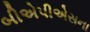
બીએપીએસના